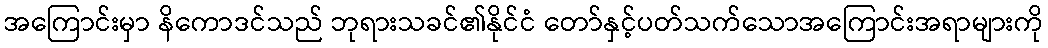
အကြောင်းမှာ နိကောဒင်သည် ဘုရားသခင်၏နိုင်ငံ တော်နှင့်ပတ်သက်သောအကြောင်းအရာများကို